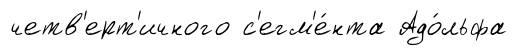
четв'ерт'ичного с'егм'е́нта Адо́льфа